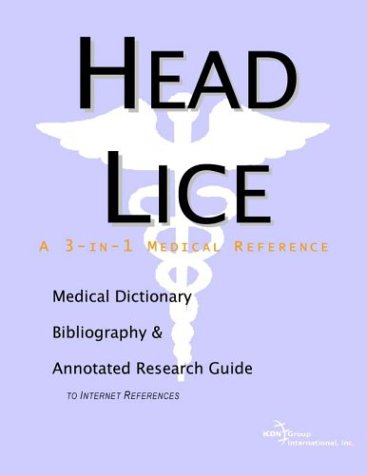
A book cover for Head Lice - A Medical Dictionary, Bibliography, and Annotated Research Guide to Internet References; Icon Health Publications; Health, Fitness & Dieting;